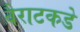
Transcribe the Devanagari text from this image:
वैराटकडे